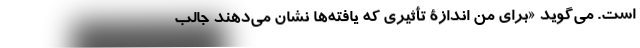
است. می‌گوید «برای من اندازۀ تأثیری که یافته‌ها نشان می‌دهند جالب